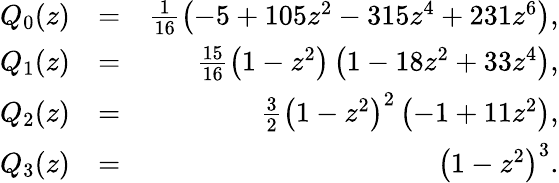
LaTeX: \begin{array}{rlr}{Q_{0}(z)}&{=}&{\frac{1}{16}\left(-5+105z^{2}-315z^{4}+231z^{6}\right),}\\ {Q_{1}(z)}&{=}&{\frac{15}{16}\left(1-z^{2}\right)\left(1-18z^{2}+33z^{4}\right),}\\ {Q_{2}(z)}&{=}&{\frac{3}{2}\left(1-z^{2}\right)^{2}\left(-1+11z^{2}\right),}\\ {Q_{3}(z)}&{=}&{\left(1-z^{2}\right)^{3}.}\end{array}